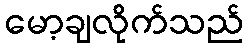
မော့ချလိုက်သည်